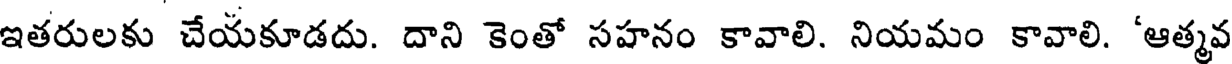
ఇతరులకు చేయకూడదు. దాని కెంతో సహనం కావాలి. నియమం కావాలి. 'ఆత్మవ